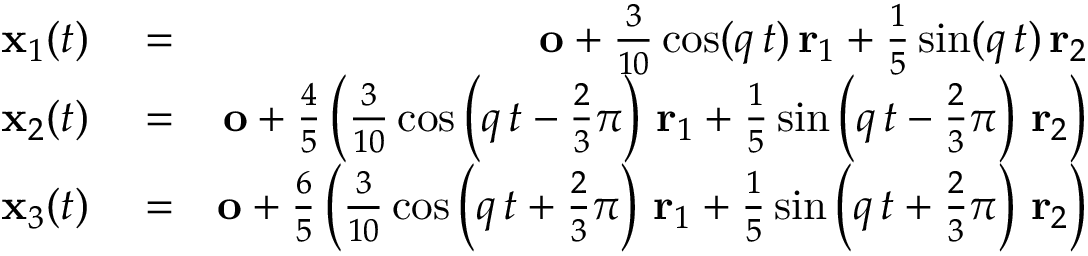
\begin{array} { r l r } { { \mathbf x } _ { 1 } ( t ) } & { { } = } & { { \mathbf o } + \frac { 3 } { 1 0 } \cos ( q \, t ) \, { \mathbf r } _ { 1 } + \frac { 1 } { 5 } \sin ( q \, t ) \, { \mathbf r } _ { 2 } } \\ { { \mathbf x } _ { 2 } ( t ) } & { { } = } & { { \mathbf o } + \frac { 4 } { 5 } \left( \frac { 3 } { 1 0 } \cos \left( q \, t - \frac { 2 } { 3 } \pi \right) \, { \mathbf r } _ { 1 } + \frac { 1 } { 5 } \sin \left( q \, t - \frac { 2 } { 3 } \pi \right) \, { \mathbf r } _ { 2 } \right) } \\ { { \mathbf x } _ { 3 } ( t ) } & { { } = } & { { \mathbf o } + \frac { 6 } { 5 } \left( \frac { 3 } { 1 0 } \cos \left( q \, t + \frac { 2 } { 3 } \pi \right) \, { \mathbf r } _ { 1 } + \frac { 1 } { 5 } \sin \left( q \, t + \frac { 2 } { 3 } \pi \right) \, { \mathbf r } _ { 2 } \right) } \end{array}